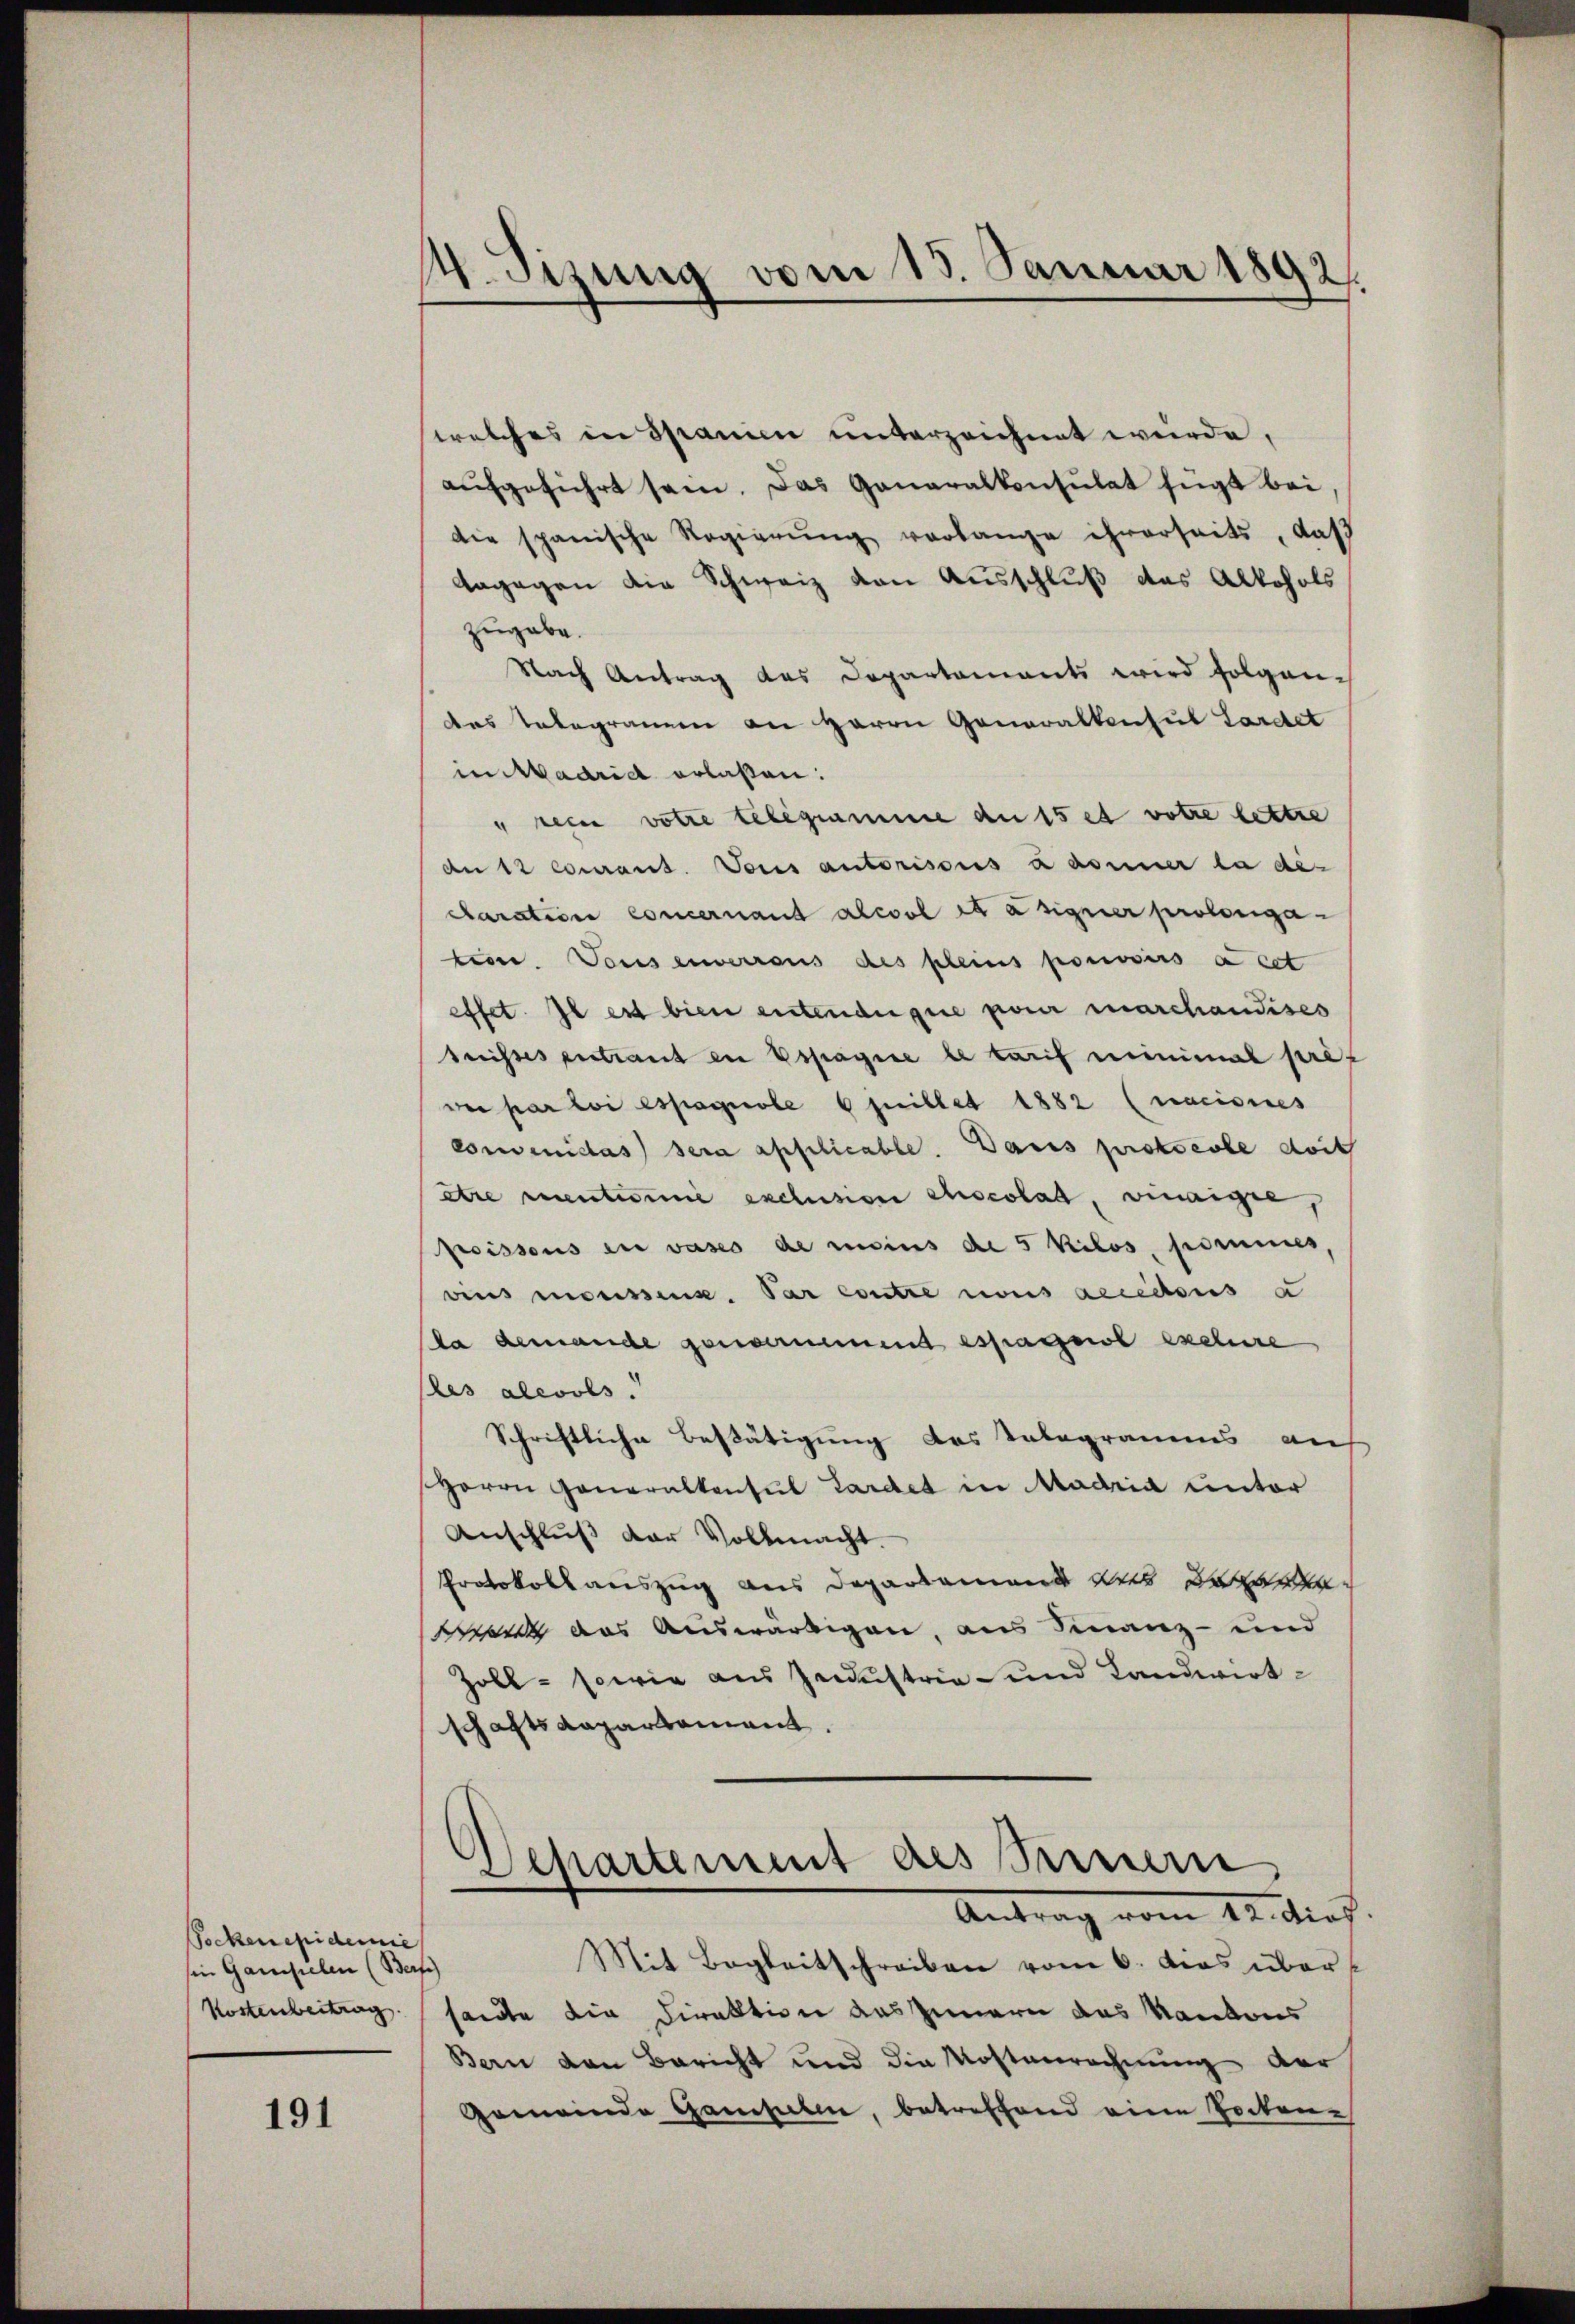
Pockenepidemie
sin Gamsielen (Berf)
Kostenbeitrag

191

1. Sizung vom 15. Januar 1892.
d

welches in Spanien unterzeichnet wurde,
aufgeführt sein. Das Ganaralkonsulat fügt bei
die spanische Regierŭng verlange ihrerseits, daß
Aagagen die Schweiz von Ausschluß das Alkohols
zugabe.
Nach Antrag des Departements wird folgendas Telegramm an Herrn Generalkonsul Lardet
in Madrid erlaßen:
" rein votre telegramme an 15 et votre lettre
An 12 courant. Vous autoriscus daseiner la dis
Claration concernant alcool et a signer prolongation. Vous einerraus des pleins pouvoirs à cet
effet. Il est bien entendeigne pour marchandises
trisses vertraut in Espagnie le tarif minimal pref
ve par loi espagnole 6 Juillet 1882 (nacisces
convenidas sera applicable. Dans protocole doit
être menteme exclusion Chocolat, einige,
Pissous in vases de moins de 5 Kilos, pommes,
vins moussens. Par contre nous accettous a
da demande genomment espagnol exclure
les alevols
Schriftliche Bestätigung des Telegramms aus
Herrn Generalkonsul Lardet in Madrid unter
Anschluß der Vollmacht.
Protokollauszug aus Departement aus de
Wa das Auswärtigen, aus Finanz- und
Zoll- sowie aus Zendustria - und Landwirtschaftskapartement.

Separtement des Benen
Antrag vom 12. dies

Mit Begleitschreiben vom 6. dies über
sandte die Direktion des Innern das Kantons
Bern den Bericht und die Kostenrechnung der
Gemeinde Gamsulen, betreffend eine Tochen¬